Statistical return of the lunatic asylum in Assam - 1912-1932
Year: 1912
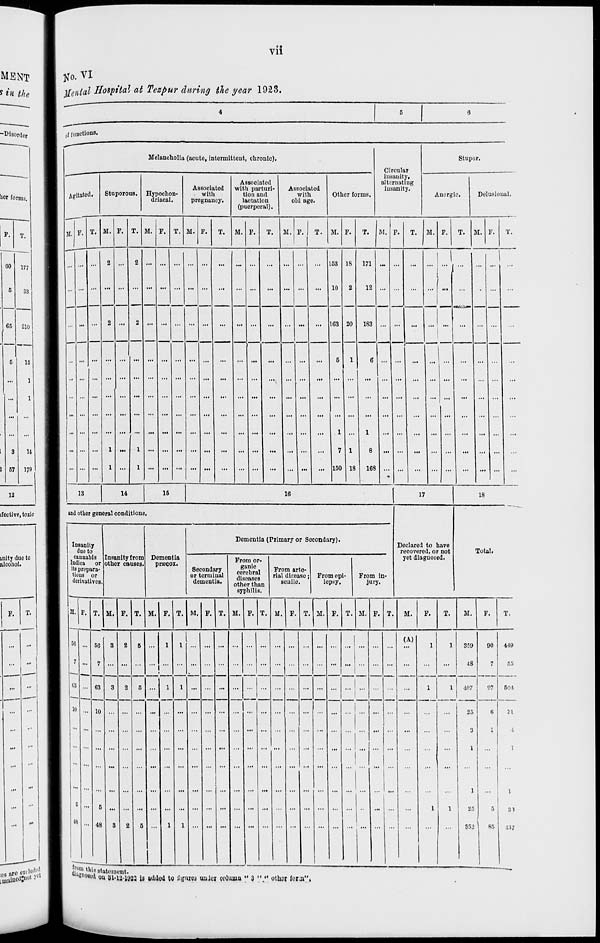
Vll
No. VI
Mental Hospital at Tezpur daring the year 1923.
4
5
6
-Disorder
C
d functions.
Melancholia (acute, intermittent, chronic).
Stupor.
8
Agitat
1 11. P.
CA rcular
sanity,
:rnating
sanity.
her forms.
ed.
Stuporous. Hypochon-
driacal.
Associated
with
pregnancy.
Associated
with parturi-
tion and
lactation
(puerperal).
Associated
with
old age.
in
alt
in
Other forms.
Anergie.
Delusiouul.
P.
T.
T. M. P. T. M. F. T. M. P.
T.
M. F.
T.
M. F.
T. M. F.
T.
M. F.
T.
M. F.
T. M . F.
T.
60 177
■ ^ ... a ... 2 ... ... ... ... ... ... ...
153 18
171 ...
i
J
1
1
...
5
33
1
.
i
—— -
... ... ... ...
...
...
10
2
12 ...
1 a— a — ' -
. ...
...
1
65 21( ) i
...
2 ...
2
...
...
*
____
103 20
183 ...
...! ...
...
.
...
i
i 1
5
1 5
1
L
I
1
3
... ...
... ... ...
...
...
•■
5
1
6 ...
... ...
...
...
v 1
... ... ... ... ...
...
...
1 ...
1
... ...
...
I
3
1 i
9
1 ...
1
... ... ... ...
...
...
7 1
8
...
... ...
...
...
J 57 r 9
M
1
... ... ... ...
...
...
150 18
168 ...
... ...
...
12
9
18
14
15
16
17
18
ifectivc, toxic
B
and other general conditions.
Declared to have
recovered, or not
yet. diagnosed.
B
Insa
SJ
da
9J
Indie
B
ils P r
flj
tiou;
S
dem
nity
Dto
labis Insanity fro
k or other cause
epara-
or
atives.
m Dementia
s.
prrecox.
Dementia (Primary or Secondary).
Total.
inity due t
alcohol.
Secondary
or terminal
dementia.
From or-
8 anic ,
Froi
cerebral
St?\
diseases
rla ''
other than
se
n arte-
lisreaso; Fromopi-
uile.
lopey.
From in-
jury.
syphilis.
F.
1
1
1 M> r '. T. M. p. IT . M. F. T. M. F. T. M. F. T. M. F. T. M. P. T. M. F. 1 P. M. F. T. M. F. T.
...
B
.. 50
3
2
1 5 ...
1
1
... ... ...
... ...1
(A)
1
1
359
90
4-19
...
B
..
7 ...
. ...
!"'
... ... ... ... ...
...
...
...
•18
7
55
8
•■ 03
3
2
5 ...
i
1 ...
... ...
... 1
1
1
407
97
501
s —
—
—
...
1
••• 10 ... ... . . ...... ... ... ... ... ...
...
...
...
25
(i
SI
...
. . . ■ . . .
■••
... . . ... ...
... ... ... ...
...
...
...
3
1
;
...
. . . ■ . . . - ... . . ... ... ... ... ... ... ...
... ...
...
1
...
I
...
M
...
;;
1
1
...
9 5
•• 5 ... ... .
... ... ...
... ...
■
... ...
1
1
25
5
31
...
■
18 ••• 48
3
2
5 ...
i
1 ... ... ... ...
... ...
...
...
852
85
■ IM
9
i
1
—is statement.
"Hiostd. ou 31-12-W23 is added to liguroi uuicr column " 3 ".«« otlwr forji".